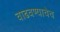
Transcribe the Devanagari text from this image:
वाढवण्याचेच